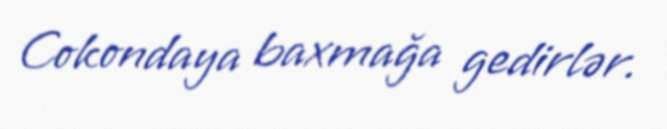
Cokondaya baxmağa gedirlər.